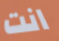
انت